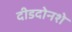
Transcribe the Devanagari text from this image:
दीडदोनशे